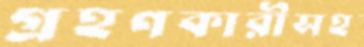
গ্রহণকারীসহ